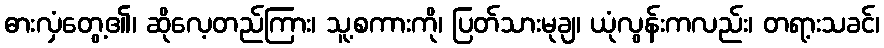
ဓားလှံတွေ့၏၊ ဆိုလေ့တည်ကြား၊ သူ့စကားကို၊ ပြတ်သားမုချ၊ ယုံလွန်းကလည်း၊ တရာ့းသခင်၊